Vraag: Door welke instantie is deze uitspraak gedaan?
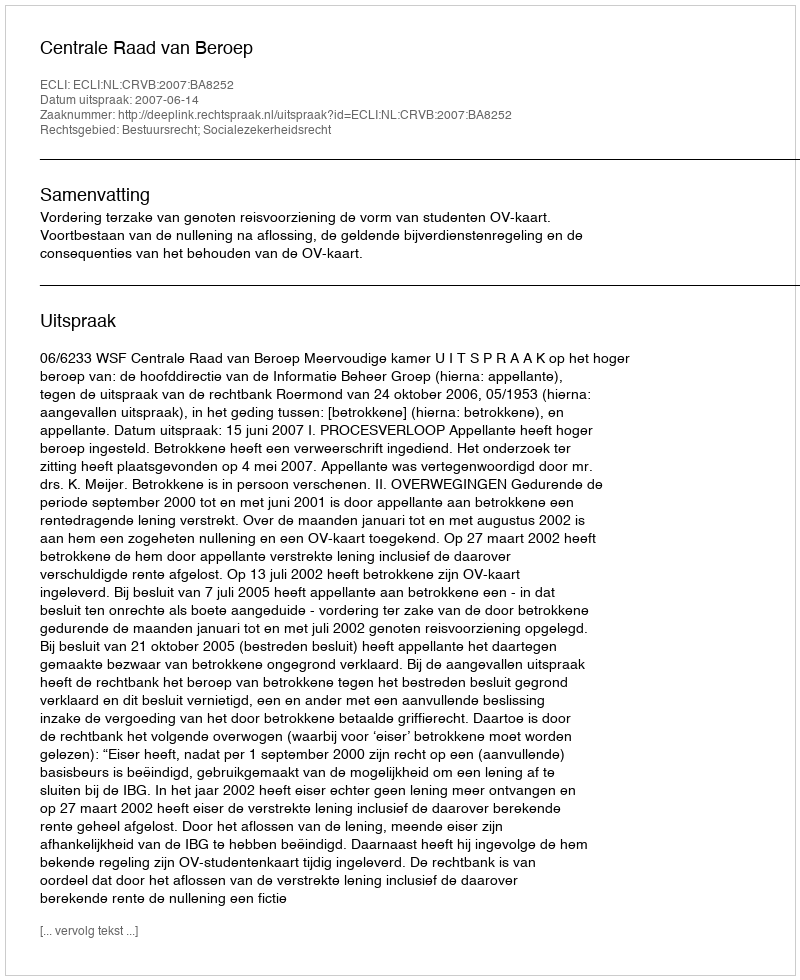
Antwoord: Centrale Raad van Beroep